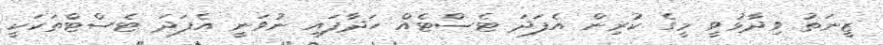
ޒީނަތު ވިދާޅުވީ މީގެ ކުރިން އެފަދަ ޓެސްޓެއް ހަދާފައި ނުވަނީ އެފަދަ ޓެސްޓްތަކަކީ